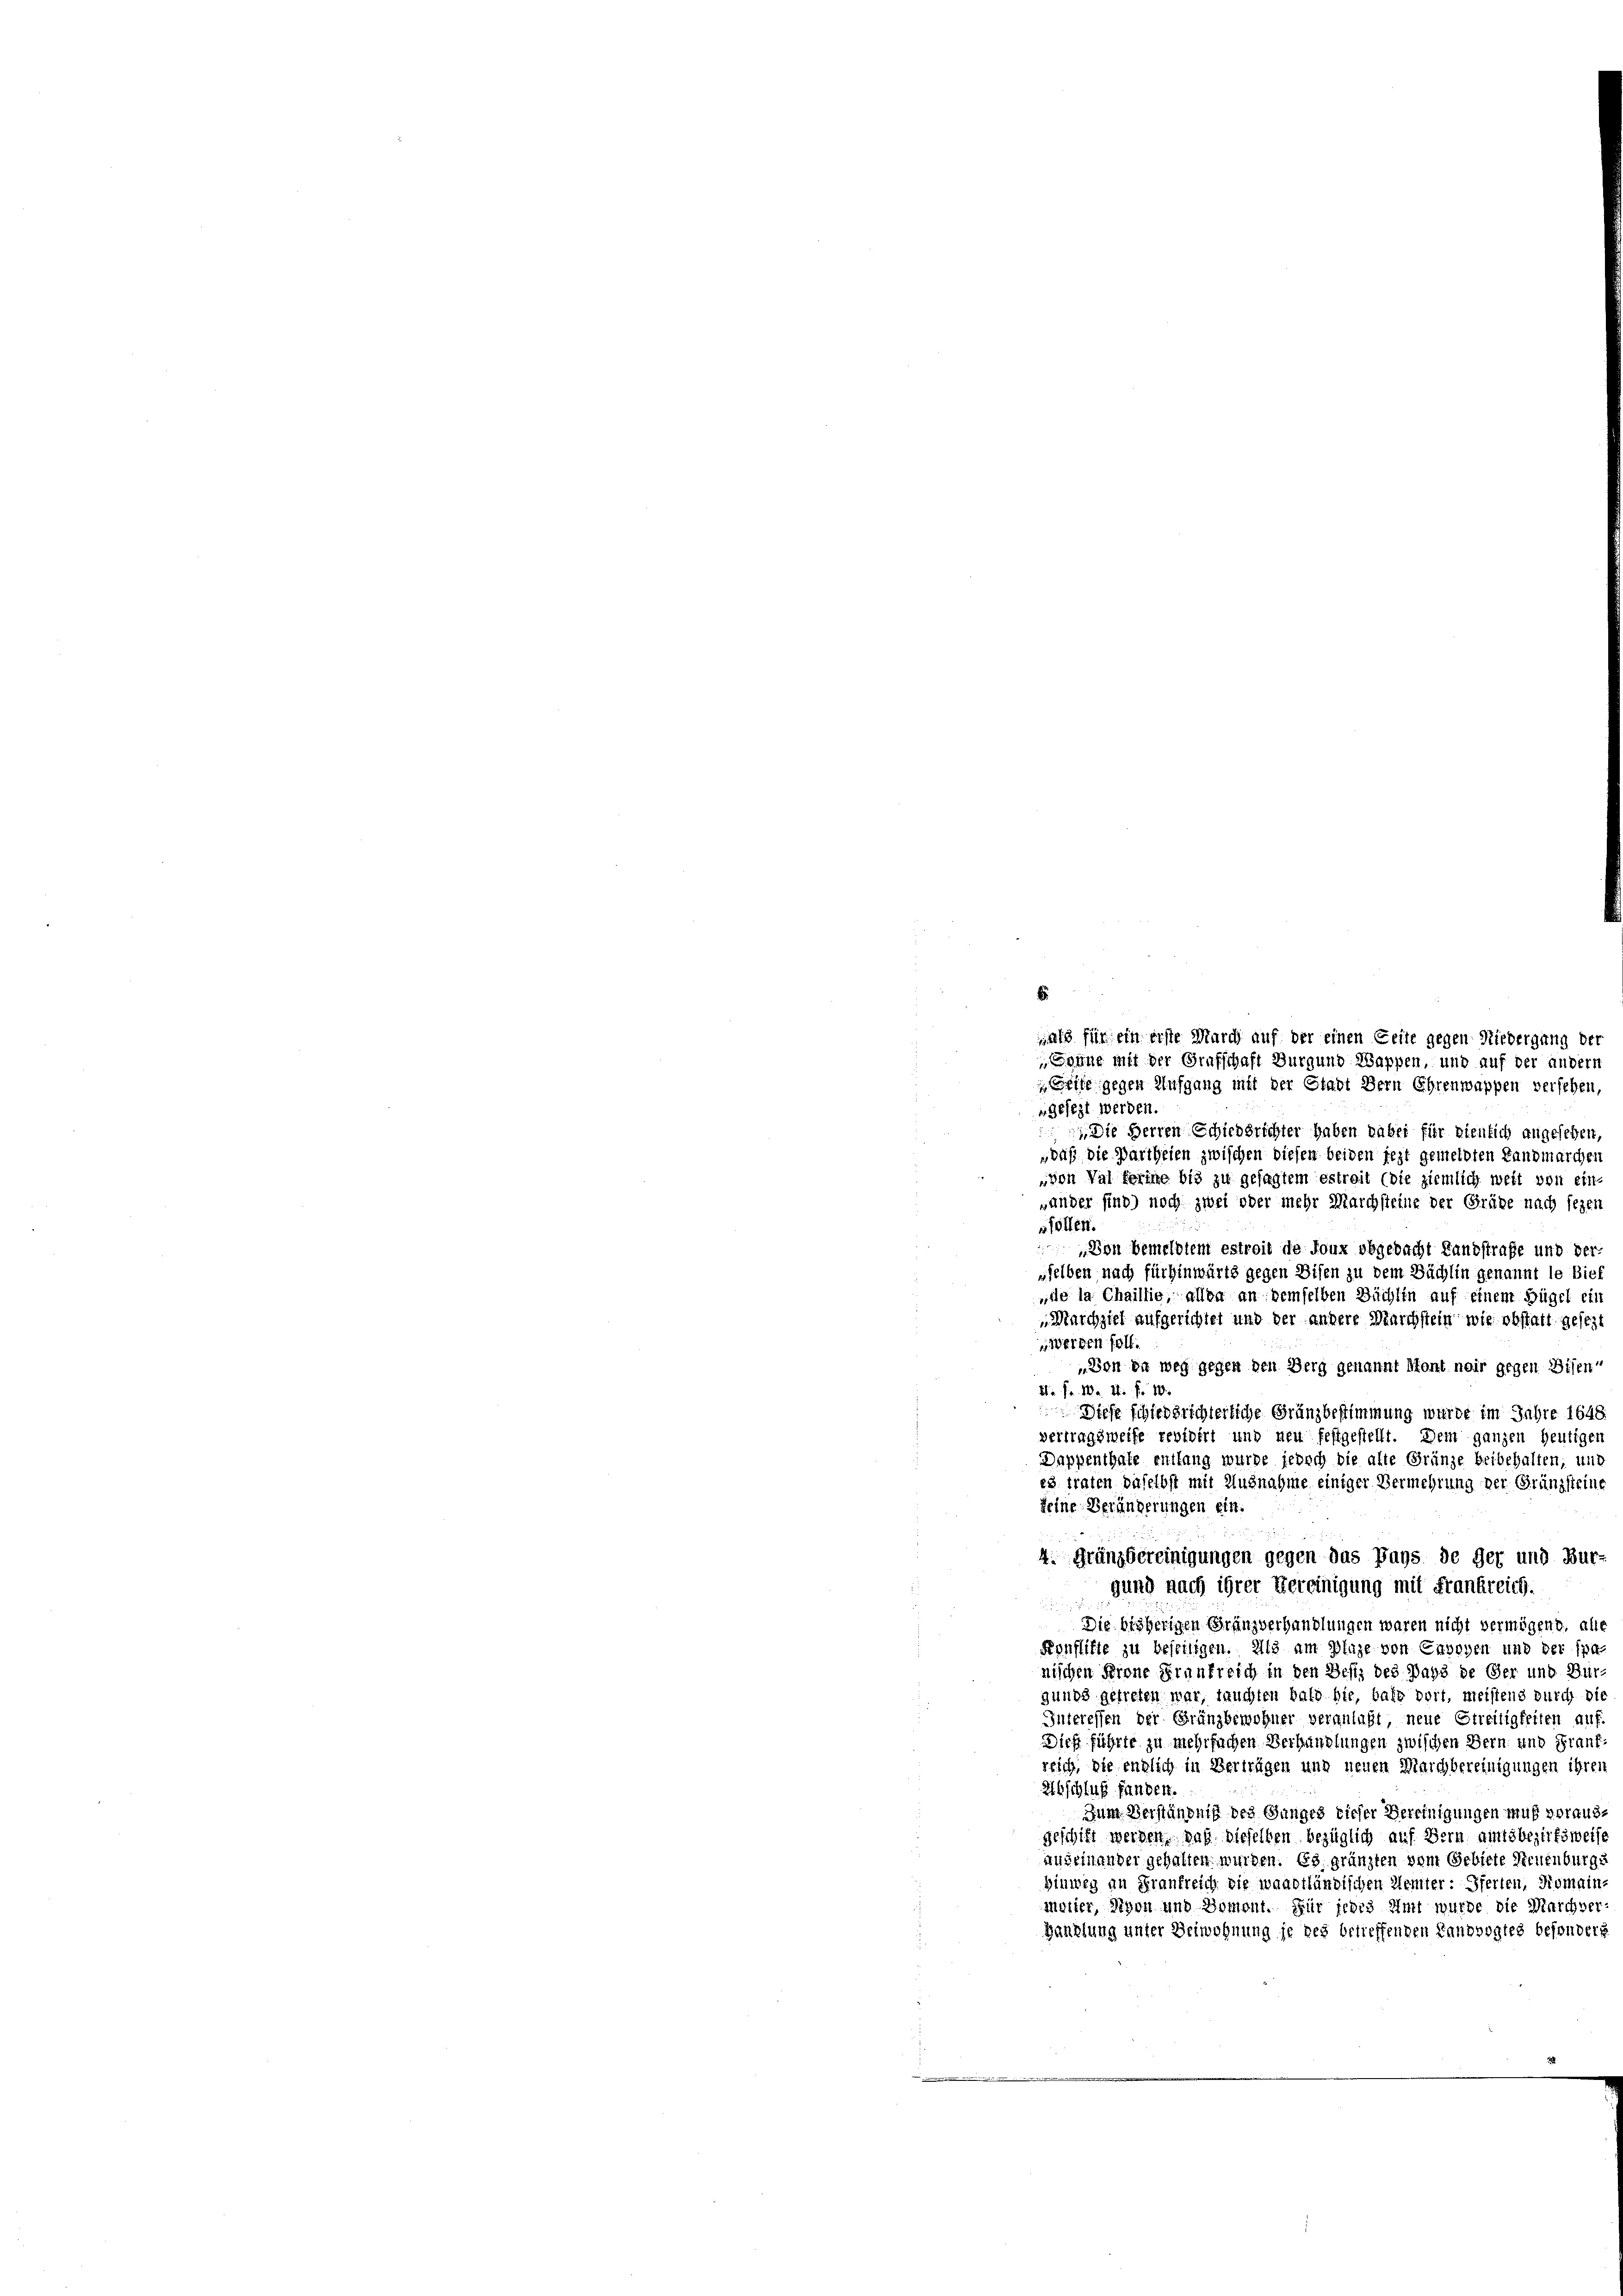
E

ngesezt werden.
 Die Herren Schiedsrichter haben dabei für dienlich angesehen,
„daß die Partheien zwischen diesen beiden jezt gemeldten Landmarcher
von Val ferine bis zu gesagtem estreit (die ziemlich weit von eine
ander sind) noch zwei oder mehr Marchsteine der Grübe nach seyen
sföllen.
 Von bemeldtem estreit de four obgedacht Landstraße und der
sselben nach für hinwärts gegen Eisen zu dem Sächlin genannt le Bief
„de la Chaillie, allen an demselben Büchlin auf einem Fügel ein
Marchziel aufgerichtet und der andere Marchstein wie obstatt gesezt
Werden soll.
„Von in weg gegen den Berg genannt Mont noir gegen Disen-
da Fr. 10. 21. Fr. 18.
Diese schiedsrichterliche Gränzbestimmung wurde im Jahre 1648.
vertragsweise revidirt und neu festgestellt. Dem ganzen heutigen
Dappenthale entlang wurde jedoch die alte Gränze beibehalten; und
es traten daselbst mit Ausnahme einiger Vermehrung der Gränzsteine
keine Veränderungen ein.
4. Franzbereinigungen gegen das Pays de der und Bur-
gund nach ihrer Vereinigung mit Frankreich.

Die bisherigen Granzverhandlungen waren nicht vermögens, alle
Konflikte zu befriligen. Als am Plaze von Envoyen und der spa-
nischen Frone Fraufreich in den Destz des Pays de Ger und Bürgunds getreten war, tauchten bald hie, bald dort, meistens durch die
Interessen der Gränzbewohner veranlaßt, neue Streitigkeiten auf
Dies führte zu mehrfachen Verhänglungen zwischen Bern und Frank-
reich, die endlich in Verträgen und neuen Marchbereinigungen ihren
Abschluß fanden.
Zum Verständniß des Gunges dieser Bereinigungen muß voraus-
geschift werden, daß dieselben bezüglich auf Bern aintsbezirksweise
anfeinander gehalten wurden. Es grünzten vom Gebiete Neuenburge
Hinweg an Frankreich die waadtländischen Kemter: Pferten, Romain
moiter, Nyon und Doment. Für jedes Amt wurde die Marchver
Handlung unter Beiwohnung je des belieffenden Landvogtes besonders

als für ein erste March auf der einen Zeite gegen Niedergung der
Sonne mit der Grafschaft Burgund Wappen, und auf der andern
eife gegen Aufgang mit der Stadt Bern Ehrenwappen versehen,